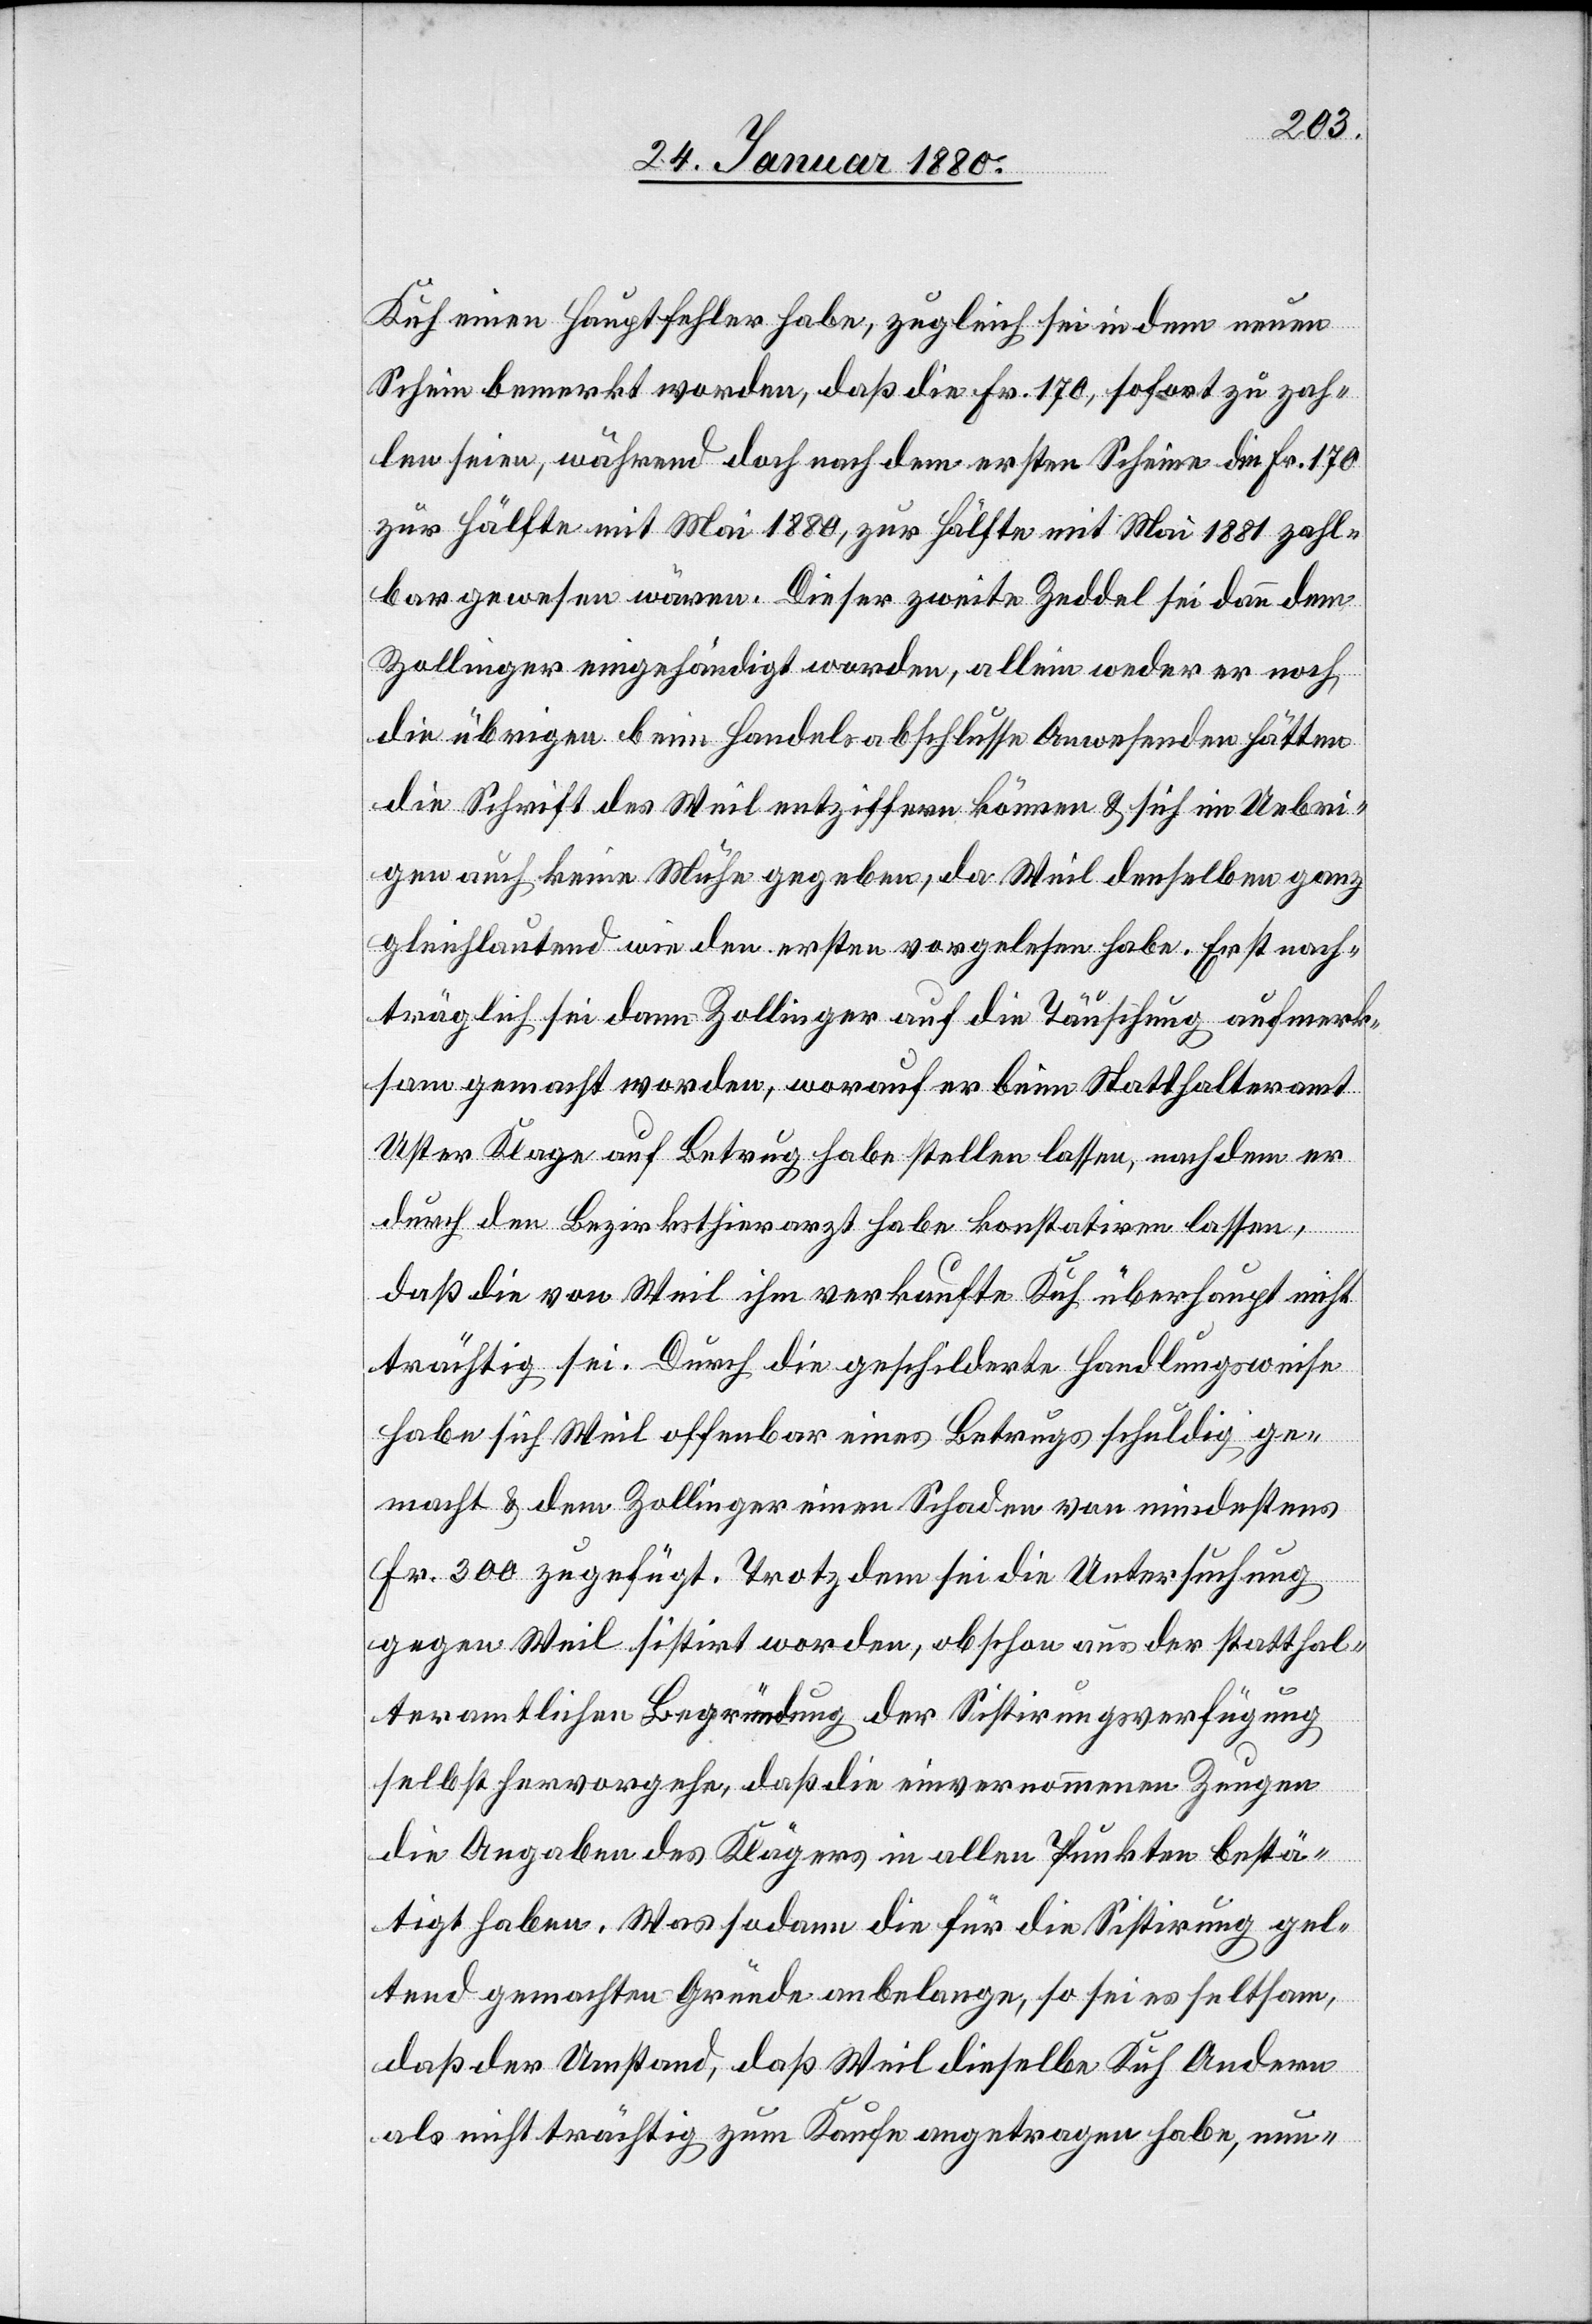
Kuh einen Hauptfehler habe, zugleich sei in dem neuen
Schein bemerkt worden, daß die Fr. 170, sofort zu zah¬
len seien, während doch nach dem ersten Scheine die Fr. 170
zur Hälfte mit Mai 1880, zur Hälfte mit Mai 1881 zahl¬
bar gewesen wären. Dieser zweite Zeddel sei dann dem
Zollinger eingehändigt worden, allein weder er noch
die übrigen beim Handelsabschlusse Anwesenden hätten
die Schrift des Weil entziffern können & sich im Uebri¬
gen auch keine Mühe gegeben, da Weil denselben ganz
gleichlautend wie den ersten vorgelesen habe. Erst nach¬
träglich sei dann Zollinger auf die Täuschung aufmerk¬
sam gemacht worden, worauf er beim Statthalteramt
Uster Klage auf Betrug habe stellen lassen, nachdem er
durch den Bezirksthierarzt habe konstatiren lassen,
daß die von Weil ihm verkaufte Kuh überhaupt nicht
trächtig sei. Durch die geschilderte Handlungsweise
habe sich Weil offenbar eines Betrugs schuldig ge¬
macht & dem Zollinger einen Schaden von mindestens
Fr. 300 zugefügt. Trotzdem sei die Untersuchung
gegen Weil sistirt worden, obschon aus der statthal¬
teramtlichen Begründung der Sistirungsverfügung
selbst hervorgehe, daß die einvernommenen Zeugen
die Angaben des Klägers in allen Punkten bestä¬
tigt haben. Was sodann die für die Sistirung gel¬
tend gemachten Gründe anbelange, so sei es seltsam,
daß der Umstand, daß Weil dieselbe Kuh Andern
als nicht trächtig zum Kaufe angetragen habe, nun-